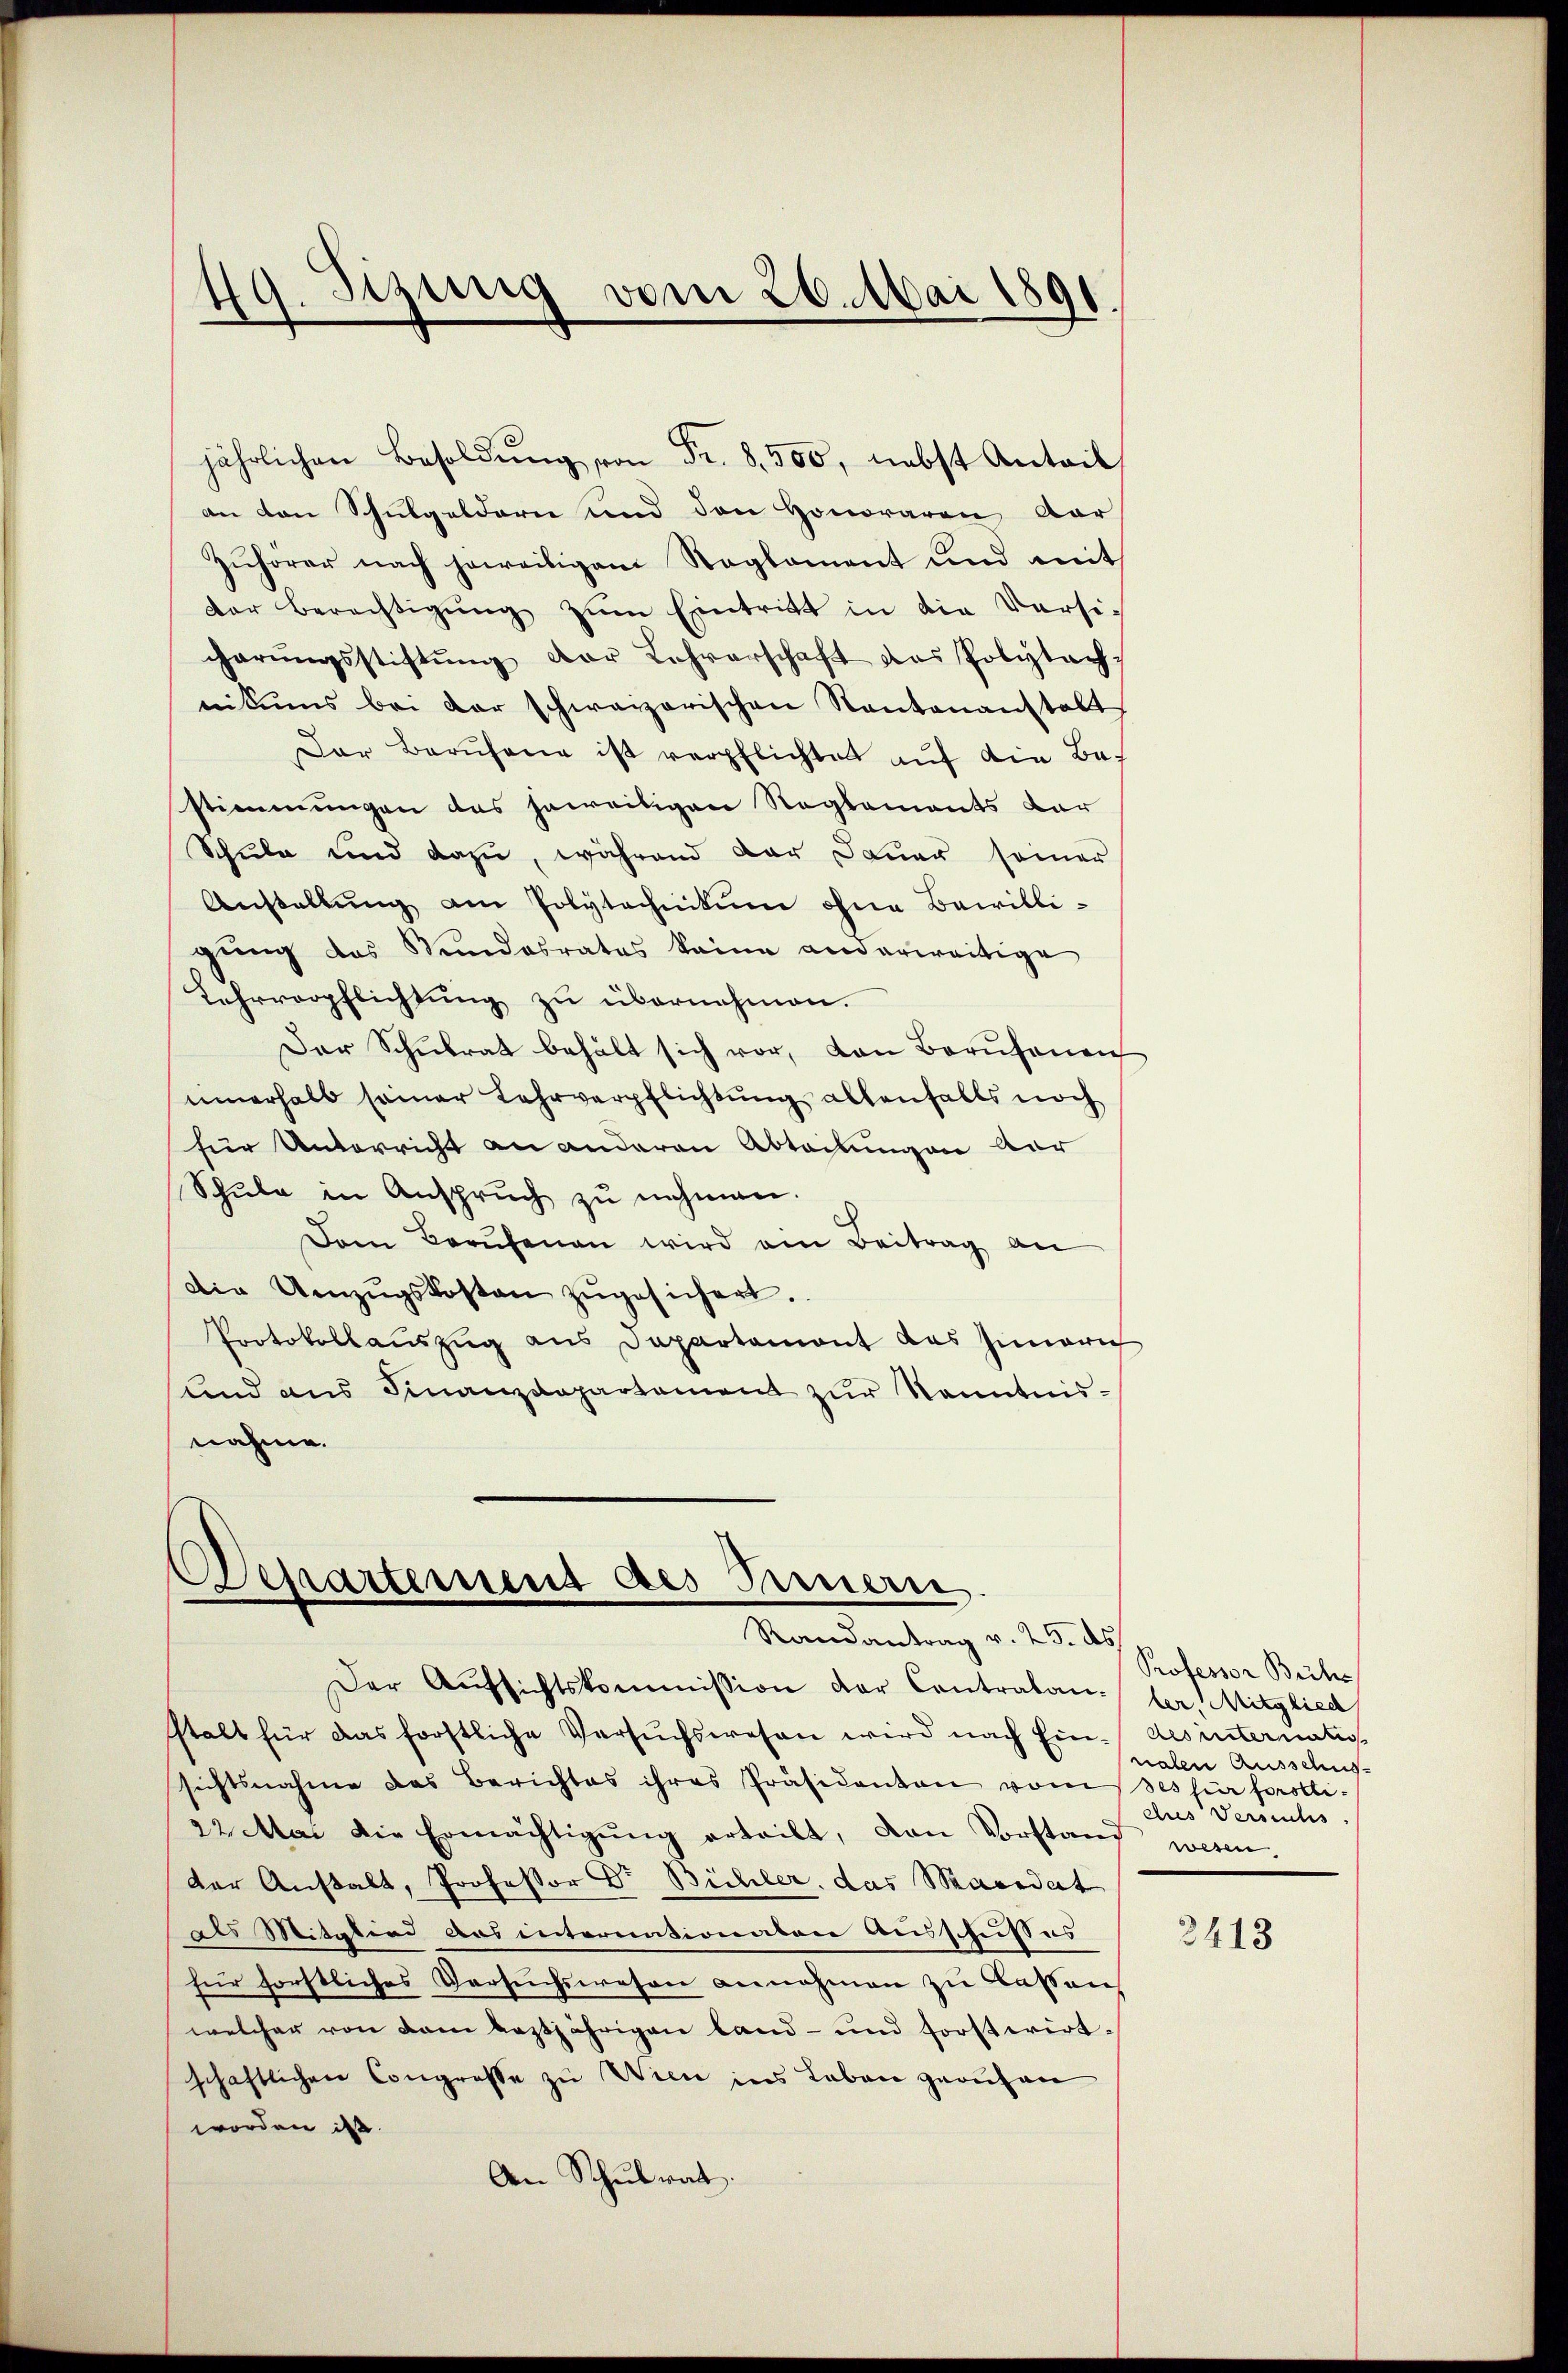
jährlichen Besoldŭng von Fr. 8.500, nebst Anteil
an den Schulgeldern und den Honoraren Aar
Zuhörer nach jeweiligem Naglament und mit
der Berechtigŭng zŭm Eintritt in die Versic
charŭngsstiftŭng der Lehrerschaft das Polytech-
nikums bei der schweizerischen Kantonanstalt
Der Berufene ist verpflichten auf die Bestimmungen das jeweiligen Reglements dar
Schule und dazu, während der Dauer seiner
Anstallŭng am Polytechnikum ohne Bewilli-
gŭng des Stundesrates keine anderweitige
Lehrverpflichtung zu übernehmen.
Der Schŭlrat behält sich vor, von Berŭfenen
innerhalb seiner Lehrverpflichtung allenfalls noch
für Unterricht an anderen Abteilungen dar
Schule in Anspruch zu nehmen.
Dem Berufenen wird ein Beitrag an
Die Uenzŭgskosten zŭgesichert.
Protokollauszug aus Departamont das Innern
sund aus Finanzdepartement zur Kenntnisnahme.

49. Sizung vom 26. Mai 1891.

Departemend des Innern
Randantrag v. 25. ds
Der Aŭfsichtskommission der Contraban- ler. Mitglied

stalt für das förstliche Versuchswesen wird nach Ein- des internatio
sichtsnahme das Berichtes ihres Präsidanten vom
22 Mai die Ermächtigŭng erteilt, von Vorstand wesen.
der Anstalt, Professor Dr. Bühler, das Maredat
als Mitation aus internationaten Ausschußes
für forstliches Versuchswesen annehmen zu lassen
welcher von dem leztjährigen land- und forstwirtschaftlichen Congresse zu Wien ins Leben gerufen
worden ist.
An Schulrat

Professor Büche
nalen Ausschus-
Des für forolliares Versuchs

3413